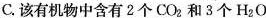
C.该有机物中含有2个CO_{2}和3个H_{2}O